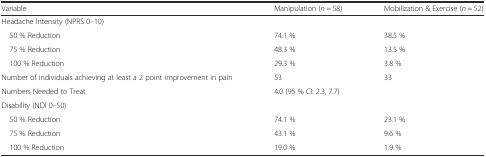
<table><thead><tr><td><b>Variable</b></td><td><b>Manipulation (<i>n</i> = 58)</b></td><td><b>Mobilization &amp; Exercise (<i>n</i> = 52)</b></td></tr></thead><tbody><tr><td colspan="3">Headache Intensity (NPRS 0–10)</td></tr><tr><td> 50 % Reduction</td><td>74.1 %</td><td>38.5 %</td></tr><tr><td> 75 % Reduction</td><td>48.3 %</td><td>13.5 %</td></tr><tr><td> 100 % Reduction</td><td>29.3 %</td><td>3.8 %</td></tr><tr><td>Number of individuals achieving at least a 2 point improvement in pain</td><td>53</td><td>33</td></tr><tr><td>Numbers Needed to Treat</td><td colspan="2">4.0 (95 % CI: 2.3, 7.7)</td></tr><tr><td colspan="3">Disability (NDI 0–50)</td></tr><tr><td> 50 % Reduction</td><td>74.1 %</td><td>23.1 %</td></tr><tr><td> 75 % Reduction</td><td>43.1 %</td><td>9.6 %</td></tr><tr><td> 100 % Reduction</td><td>19.0 %</td><td>1.9 %</td></tr></tbody></table>